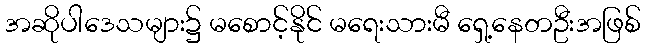
အဆိုပါဒေသများ၌ မစောင့်နိုင် မရေးသားမီ ရှေ့နေတဦးအဖြစ်